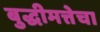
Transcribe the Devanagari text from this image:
बुद्धीमत्तेचा